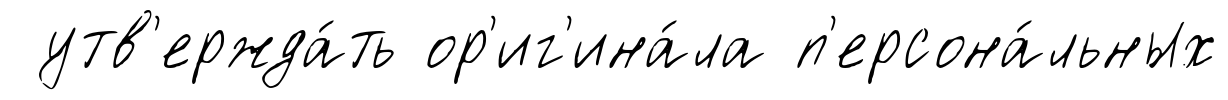
утв'ержда́ть ор'иг'ина́ла п'ерсона́льных